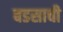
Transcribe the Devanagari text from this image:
बडसाची